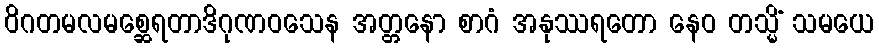
ဝိဂတမလမစ္ဆေရတာဒိဂုဏဝသေန အတ္တနော စာဂံ အနုဿရတော နေဝ တသ္မိံ သမယေ